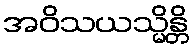
အဝိသယသ္မိန္တိ